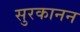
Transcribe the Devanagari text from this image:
सुरकानन